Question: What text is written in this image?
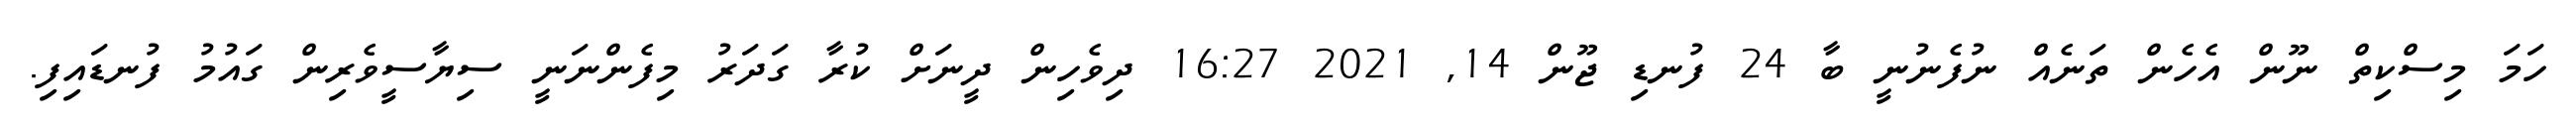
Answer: ހަމަ މިސްކިތް ނޫން އެހެން ތަނެއް ނުފެނުނީ ބާ 24 ފުނޑި ޖޫން 14, 2021 16:27 ދިވެހިން ދީނަށް ކުރާ ގަދަރު މިފެންނަނީ ސިޔާސީވެރިން ގައުމު ފުނޑައިފި.